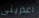
اعذرينى